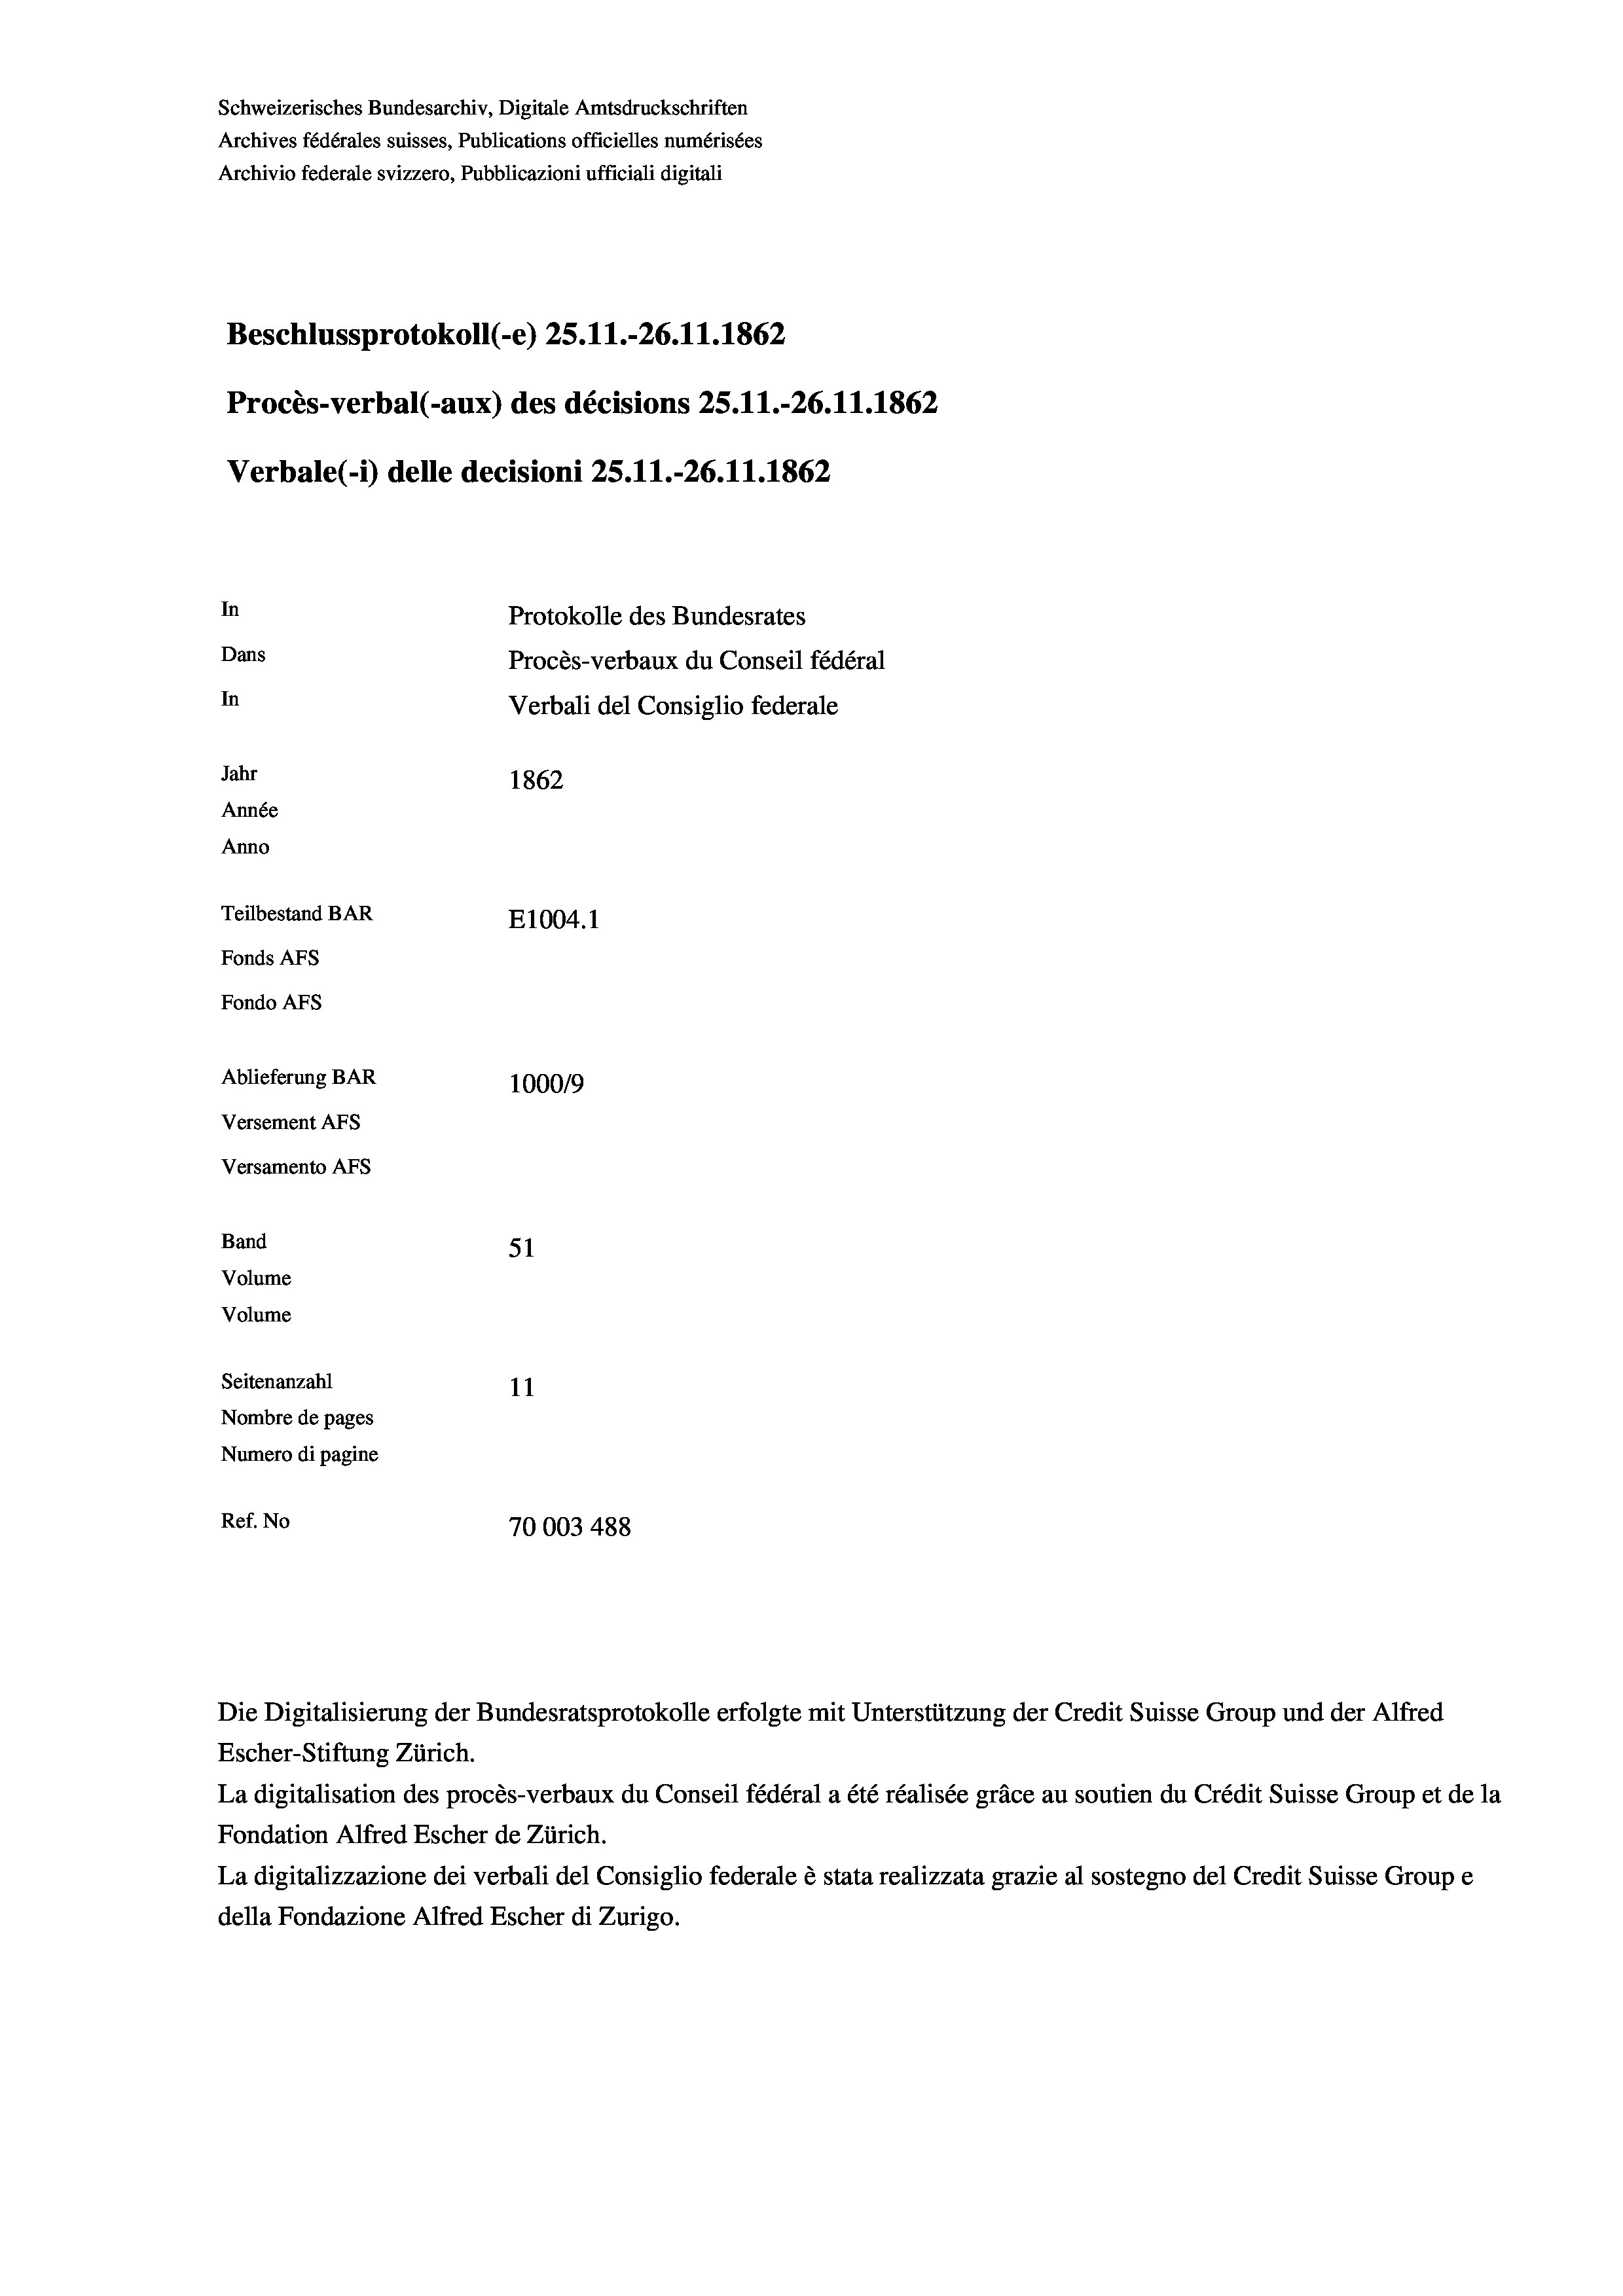
Beschlussprotokoll (-e) 25.11.-26. 11. 1862
In
Protokolle des Bundesrates
Dans
Procès-verbaux du Conseil fédéral
In
Verbali del Consiglio federale
Jahr
1862
Année
Anno
Teilbestand BAR
E1004. 1
Fonds AFs
Fondo AFs
Ablieferung BAR
100019
Versement AFs
Versamento AFs

Band
Volume
Volume
Seitenanzahl

Archives fédérales suisses, Publications officielles numérisées
Archivio federale svizzero, Pubblicazioni ufficiali digitali

Schweizerisches Bundesarchiv, Digitale Amtsdruckschriften

Procès-verbal (-aux) des décisions 25.11.-26.11.1862
Verbale(-*) delle decisioni 25.11.-26. 11. 1862

51
11
Nombre de pages
Numero di pagine
Ref. No
70003 488

Escher-Stiftung Zürich.
La digitalisation des procès-verbaux du Conseil fédéral a été réalisée gräce au soutien du Crédit Suisse Group et de la
Fondation Alfred Escher de Zürich.
La digitalizzazione dei verbali del Consiglio federale è stata realizzata grazie al sostegno del Credit Suisse Groupe
della Fondazione Alfred Escher di Zurigo.

Die Digitalisierung der Bundesratsprotokolle erfolgte mit Unterstützung der Credit Suisse Group und der Alfred